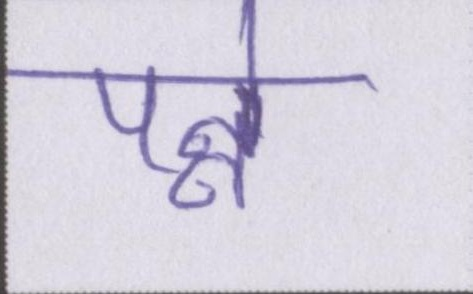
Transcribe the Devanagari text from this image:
पन्ने